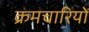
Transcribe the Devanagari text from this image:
क्रमचारियों